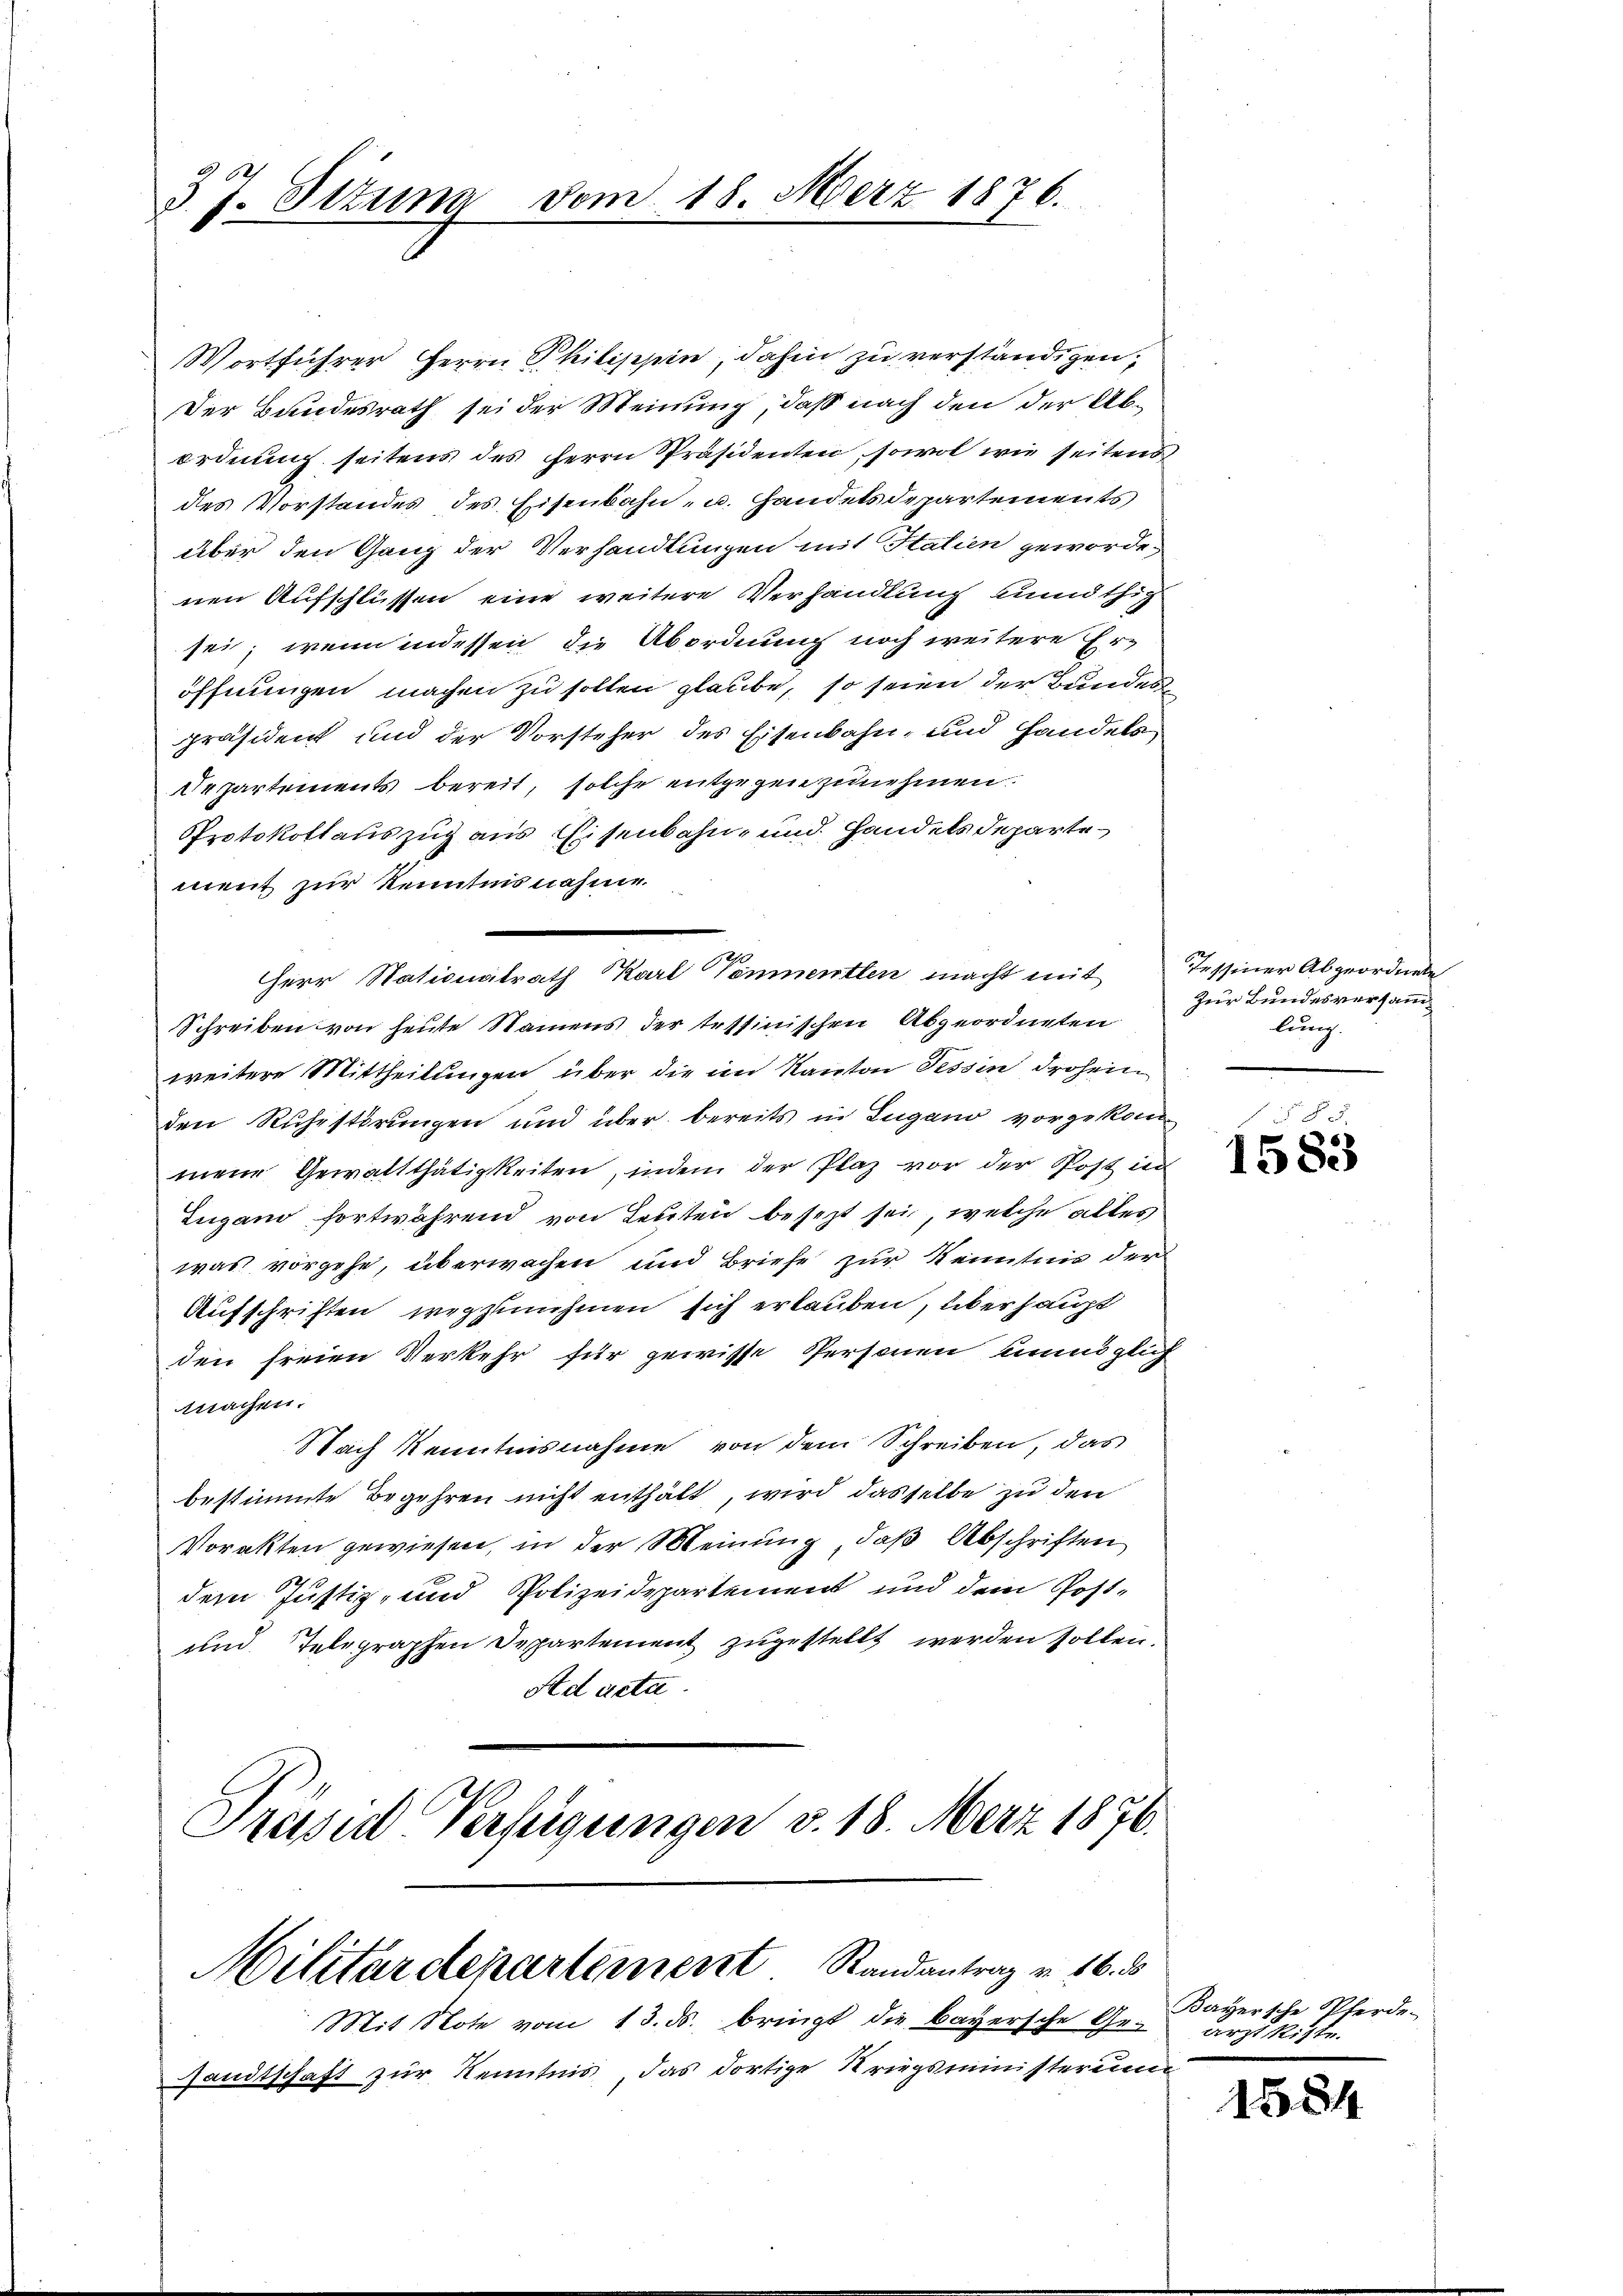
3 J. Stzung vom 18. Merz 1876.

Wortführer Herrn Philippin, dahin zu verständigen,
Der Bundesrath sei der Meinung, daß nach den der Abordnung seitens des Herrn Präsidenten, sowol wie seitens
des Vorstandes des Eisenbahn- u. Handels Departements
über den Ganz der Verhandlungen mit Italien gewordenen Aufschlüssen eine weitere Verhandlung unnöthig
sei; wenn indessen die Abordnung noch weitere Er-
öffnungen machen zu sollen glaube, so seien der Bundespräsident und der Vorsteher des Eisenbahn, und Handels
Departements bereit, solche entgegen zunehmen.
Protokollauszug aus Eisenbahn- und Handels departement zur Kenntnisnahme.
Herr Nationalrath Karl Venmentlen macht mit Tessiner Abgeordnete
Schreiben von heute Namens der tessinischen Abgeordneten
weitere Mittheilungen über die im Kanton Tessin drohen
den Ruhestörungen und über bereits in Lugano vorgekommene Gewaltthätigkeiten, indem der Plaz vor der Post in
Eugano fortwährend von Leuten besetzt sei, welche alles
was vorgehe, überwachen und Briefe zur Kenntnis der
Aufschriften wegzunehmen sich erlauben, überhaupt
den freien Verkehr für gewisse Personen unmöglich
machen.
Nach Kenntnisnahme von dem Schreiben, das
bestimmte Begehren nicht enthält, wird dasselbe zu den
Vorakten gewiesen, in der Meinung, daß Abschriften
dem Justiz- und Polizeidepartement und dem Post¬
und Telegraphen Departement zugestellt werden sollen.
Ad acta.
Präsid Verfügungen v. 18. Merz 1876.

Militärdtencertement Randantrag v. 16. ds

Mit Note vom 13. ds. bringt die bayersche Ge¬
Handtschaft zur Kenntnis das dortige Kriegsministerum

zur Bundesversamm
lung.

§ §. 5.
1583

Bayersche Pferde.
arzt Ritte

1584